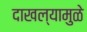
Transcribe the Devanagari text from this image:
दाखल्यामुळे